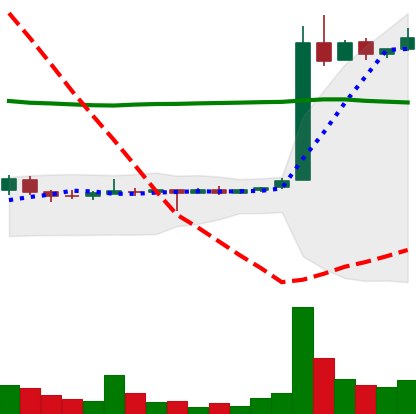
Ticker: LTC-USD
Chart end date: 2015-05-27
Forward return: -12.412%
Label: down_7plus